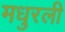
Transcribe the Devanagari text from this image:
मधुरली